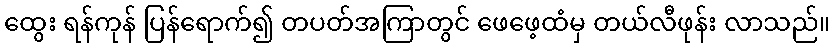
ထွေး ရန်ကုန် ပြန်ရောက်၍ တပတ်အကြာတွင် ဖေဖေ့ထံမှ တယ်လီဖုန်း လာသည်။